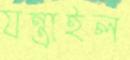
যন্ত্রাইল